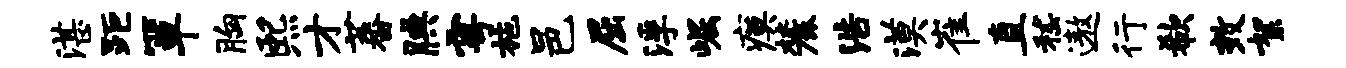
湛距箪胸熙才蕃腆雩施邑屈浮崛瘼麓浩漠崔直嵇遨行欷效絮